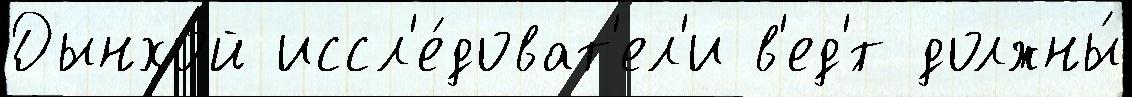
Дынхой иссл'е́доват'ел'и в'ед'́т должны́